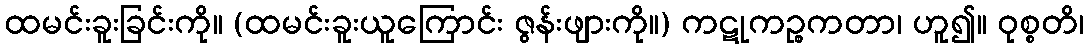
ထမင်းခူးခြင်းကို။ (ထမင်းခူးယူကြောင်း ဇွန်းဖျားကို။) ကဋုကဉ္စကတာ၊ ဟူ၍။ ဝုစ္စတိ၊